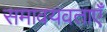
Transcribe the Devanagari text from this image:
समावयवताएँ